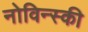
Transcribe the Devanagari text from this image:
नोविन्स्की